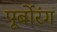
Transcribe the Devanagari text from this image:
पूर्बोरंग